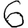
Digit: 6